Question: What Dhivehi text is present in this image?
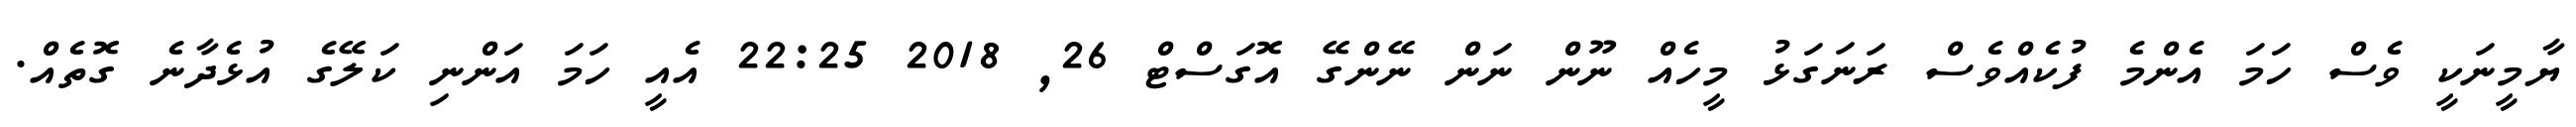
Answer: ޔާމީނަކީ ވެސް ހަމަ އެންމެ ފުކެއްވެސް ރަނަގަޅު މީހެއް ނޫން ނަން ނޭންގޭ އޮގަސްޓް 26, 2018 22:25 އެއީ ހަމަ އަންނި ކަލޭގެ އުޅެދާނެ ގޮތެއް.